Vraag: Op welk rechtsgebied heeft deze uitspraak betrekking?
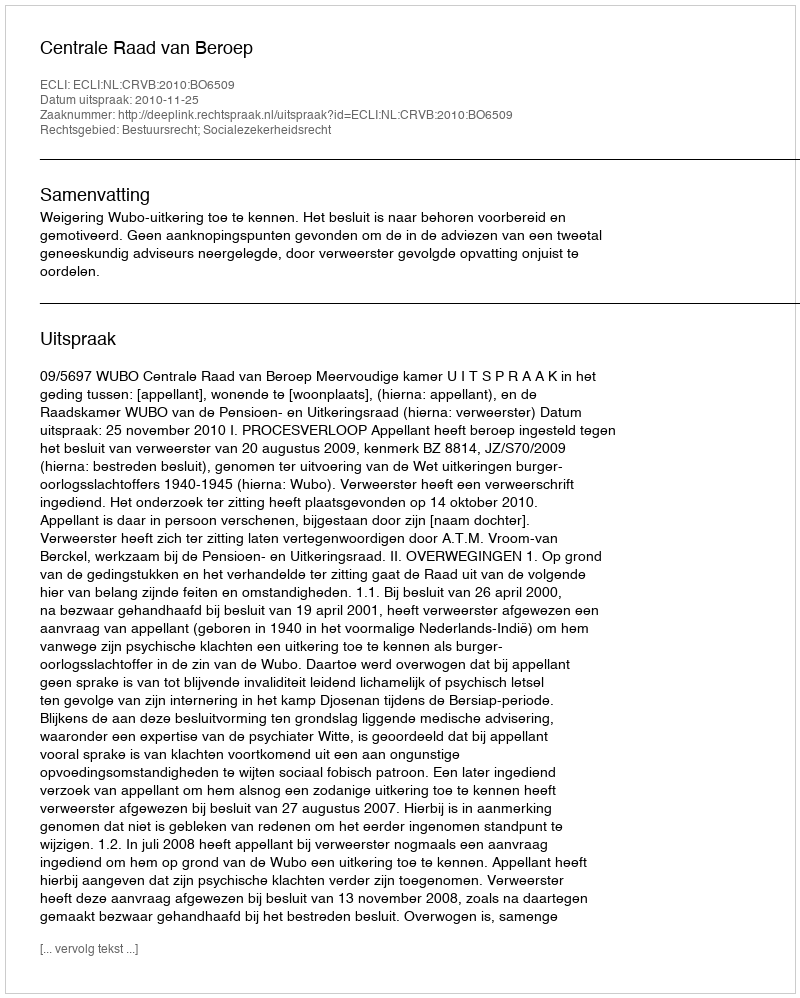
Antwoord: Bestuursrecht; Socialezekerheidsrecht